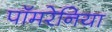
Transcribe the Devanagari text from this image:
पॉमरेनिया